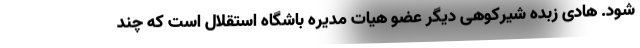
شود. هادی زبده شیرکوهی دیگر عضو هیات مدیره باشگاه استقلال است که چند